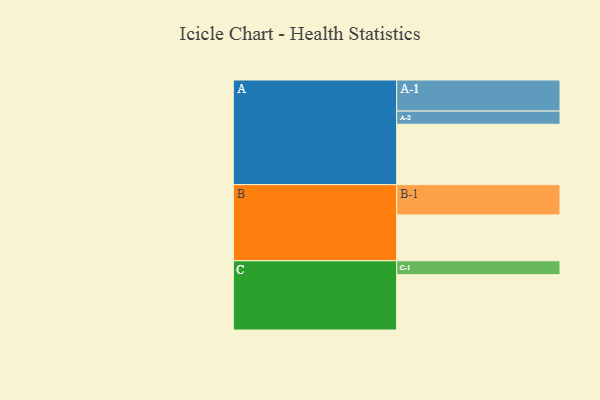
{"axis": {"x": "Segment", "y": "Value"}, "legend": ["", "A", "B", "C"], "data": [{"x": "A", "y": 505, "type": ""}, {"x": "B", "y": 383, "type": ""}, {"x": "C", "y": 463, "type": ""}, {"x": "A-1", "y": 260, "type": "A"}, {"x": "A-2", "y": 110, "type": "A"}, {"x": "B-1", "y": 254, "type": "B"}, {"x": "C-1", "y": 116, "type": "C"}]}